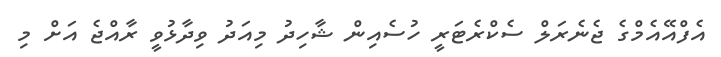
އެފްއޭއެމްގެ ޖެނެރަލް ސެކްރެޓަރީ ހުސެއިން ޝާހިދު މިއަދު ވިދާޅުވީ ރާއްޖެ އަށް މި